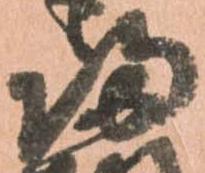
帰